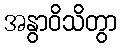
အနွာဝိသိတွာ